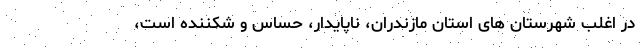
در اغلب شهرستان ‌های استان مازندران، ناپایدار، حساس و شکننده است،